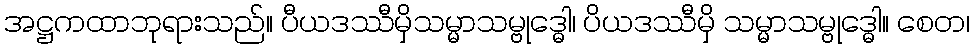
အဋ္ဌကထာဘုရားသည်။ ပီယဒဿီမှိသမ္မာသမ္ဗုဒ္ဓေါ၊ ပိယဒဿီမှိ သမ္မာသမ္ဗုဒ္ဓေါ။ စေတ၊